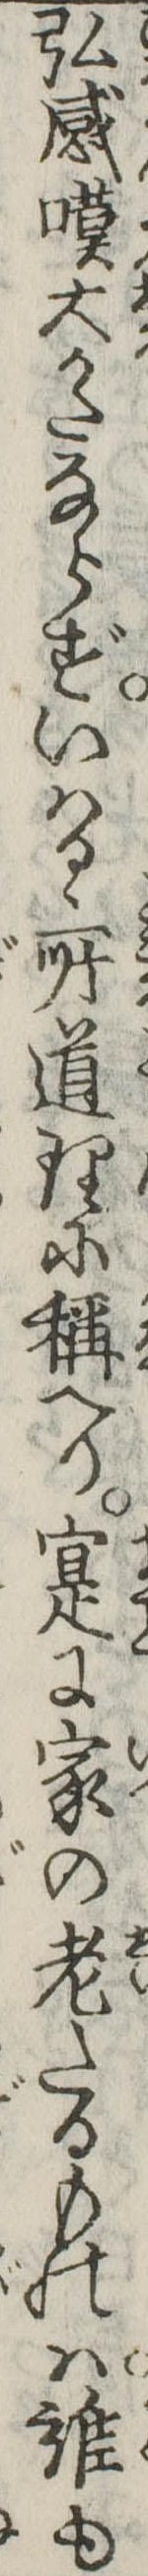
弘感嘆大かたならずいはるゝ所道理に称へり寔に家の老たるものは誰も